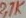
Text: 2,7K